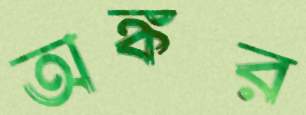
অঙ্কর